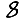
Digit: 8